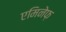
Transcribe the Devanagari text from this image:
एमिनेफ़